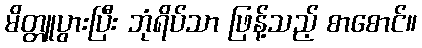
မိတ္တူပွားပြီး ဘုံရိပ်သာ ဖြန့်သည့် စာစောင်။